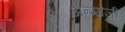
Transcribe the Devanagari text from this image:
अन्ग्ग्रेज़ी